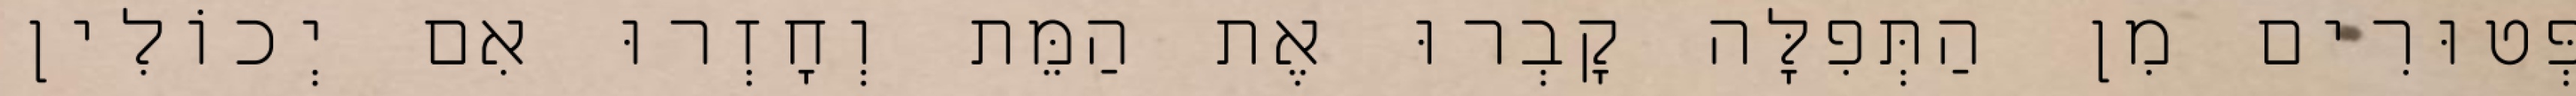
פְּטוּרִים מִן הַתְּפִלָּה קָבְרוּ אֶת הַמֵּת וְחָזְרוּ אִם יְכוֹלִין